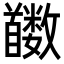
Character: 𬳛